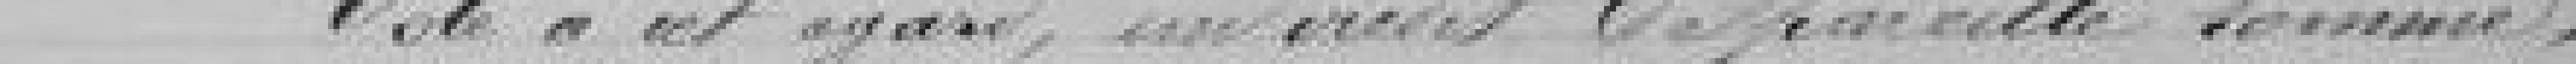
Vote à cet égard un crédit de pareille somme.